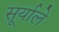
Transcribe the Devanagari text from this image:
सूर्याले